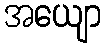
အယျော